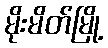
မိုးမိတ်မြို့